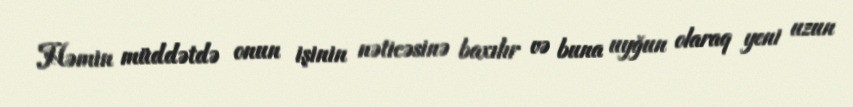
Həmin müddətdə onun işinin nəticəsinə baxılır və buna uyğun olaraq yeni uzun